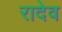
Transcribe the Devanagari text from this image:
रादेव